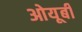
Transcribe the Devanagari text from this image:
ओयूबी